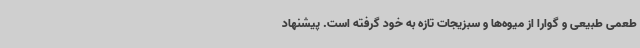
طعمی طبیعی و گوارا از میوه‌ها و سبزیجات تازه به خود گرفته است. پیشنهاد